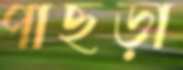
পাছড়া